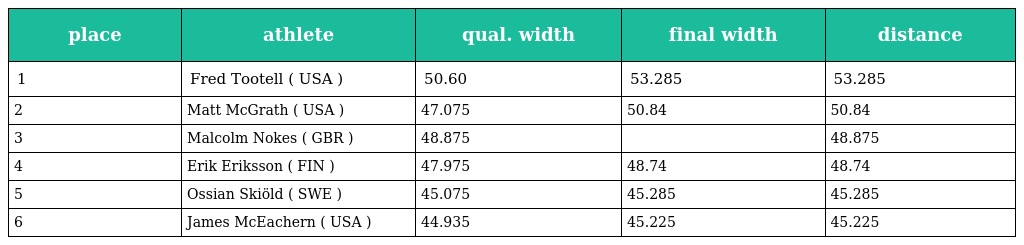
| place | athlete | qual. width | final width | distance |
 | --- | --- | --- | --- | --- |
 | 1 | Fred Tootell ( USA ) | 50.60 | 53.285 | 53.285 |
 | 2 | Matt McGrath ( USA ) | 47.075 | 50.84 | 50.84 |
 | 3 | Malcolm Nokes ( GBR ) | 48.875 |  | 48.875 |
 | 4 | Erik Eriksson ( FIN ) | 47.975 | 48.74 | 48.74 |
 | 5 | Ossian Skiöld ( SWE ) | 45.075 | 45.285 | 45.285 |
 | 6 | James McEachern ( USA ) | 44.935 | 45.225 | 45.225 |